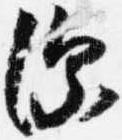
深